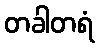
တခါတရံ